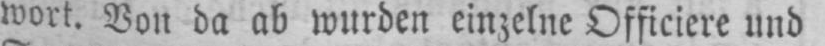
wort. Von da ab wurden einzelne Officiere und